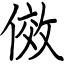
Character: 傚